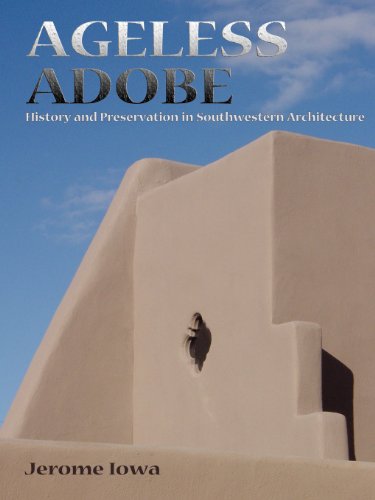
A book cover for Ageless Adobe; Jerome Iowa; Crafts, Hobbies & Home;